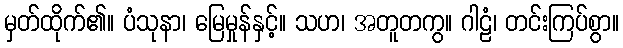
မှတ်ထိုက်၏။ ပံသုနာ၊ မြေမှုန်နှင့်။ သဟ၊ အတူတကွ။ ဂါဠံ၊ တင်းကြပ်စွာ။